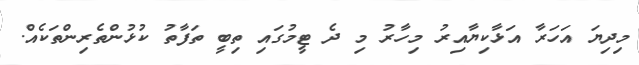
މިދިޔަ އަހަރާ އަޅާކިޔާއިރު މިހާރު މި ދެ ޓީމުގައި ތިބީ ތަފާތު ކުޅުންތެރިންތަކެއް.